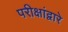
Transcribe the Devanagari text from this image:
परीक्षांद्वारे